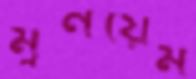
মুনয়েম